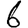
Digit: 6